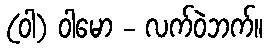
(ဝါ) ဝါမော - လက်ဝဲဘက်။